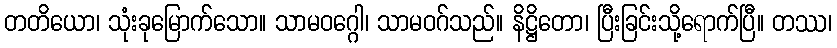
တတိယော၊ သုံးခုမြောက်သော။ သာမဝဂ္ဂေါ၊ သာမဝဂ်သည်။ နိဋ္ဌိတော၊ ပြီးခြင်းသို့ရောက်ပြီ။ တဿ၊